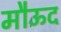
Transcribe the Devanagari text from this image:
मौऊद